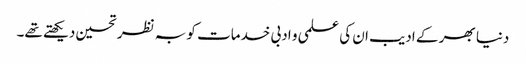
دنیا بھر کے ادیب ان کی علمی و ادبی خدمات کو بہ نظر تحسین دیکھتے تھے۔